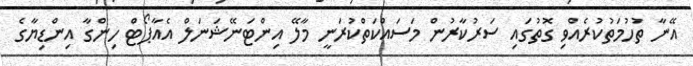
އޭނާ ތުހުމަތުކުރެއްވި ގޮތުގައި ސަރުކާރުން މަސައްކަތްކުރަނީ މާލޭ އިންޓަނޭޝަނަލް އެއާޕޯޓް ހިންގާ އިންޑިޔާގެ